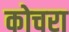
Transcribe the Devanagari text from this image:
कोचरा